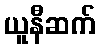
ယူနီဆက်